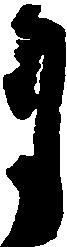
月